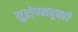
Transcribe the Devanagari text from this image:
युरोपमधूनही